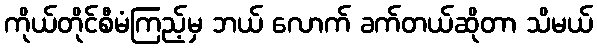
ကိုယ်တိုင်စီမံကြည့်မှ ဘယ် လောက် ခက်တယ်ဆိုတာ သိမယ်